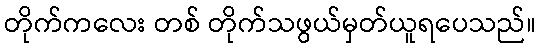
တိုက်ကလေး တစ် တိုက်သဖွယ်မှတ်ယူရပေသည်။